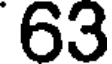
63